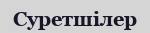
Суретшілер